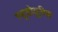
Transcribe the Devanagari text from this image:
स्यूडोयूरिक